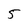
Character: 5